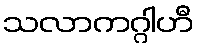
သလာကဂ္ဂါဟီ